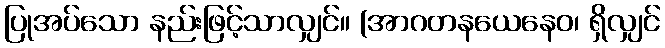
ပြုအပ်သော နည်းဖြင့်သာလျှင်။ (အာဂတနယေနေဝ၊ ရှိလျှင်